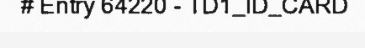
# Entry 64220 - TD1_ID_CARD